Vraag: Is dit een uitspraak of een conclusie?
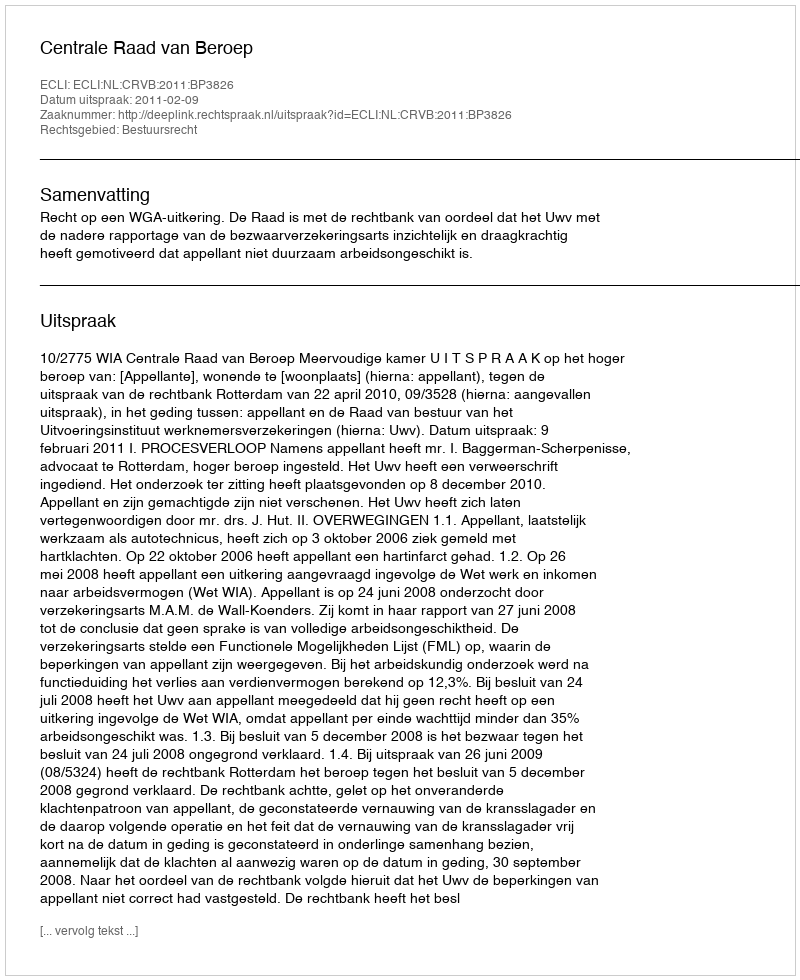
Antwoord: Uitspraak